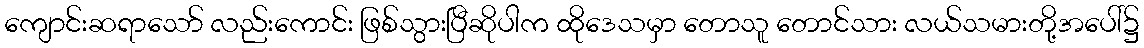
ကျောင်းဆရာသော် လည်းကောင်း ဖြစ်သွားပြီဆိုပါက ထိုဒေသမှာ တောသူ တောင်သား လယ်သမားတို့အပေါ်၌